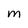
Character: m